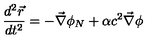
\frac { d ^ { 2 } \vec { r } } { d t ^ { 2 } } = - \vec { \nabla } \phi _ { N } + \alpha c ^ { 2 } \vec { \nabla } \phi